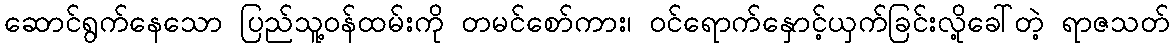
ဆောင်ရွက်နေသော ပြည်သူ့ဝန်ထမ်းကို တမင်စော်ကား၊ ဝင်ရောက်နှောင့်ယှက်ခြင်းလို့ခေါ်တဲ့ ရာဇသတ်